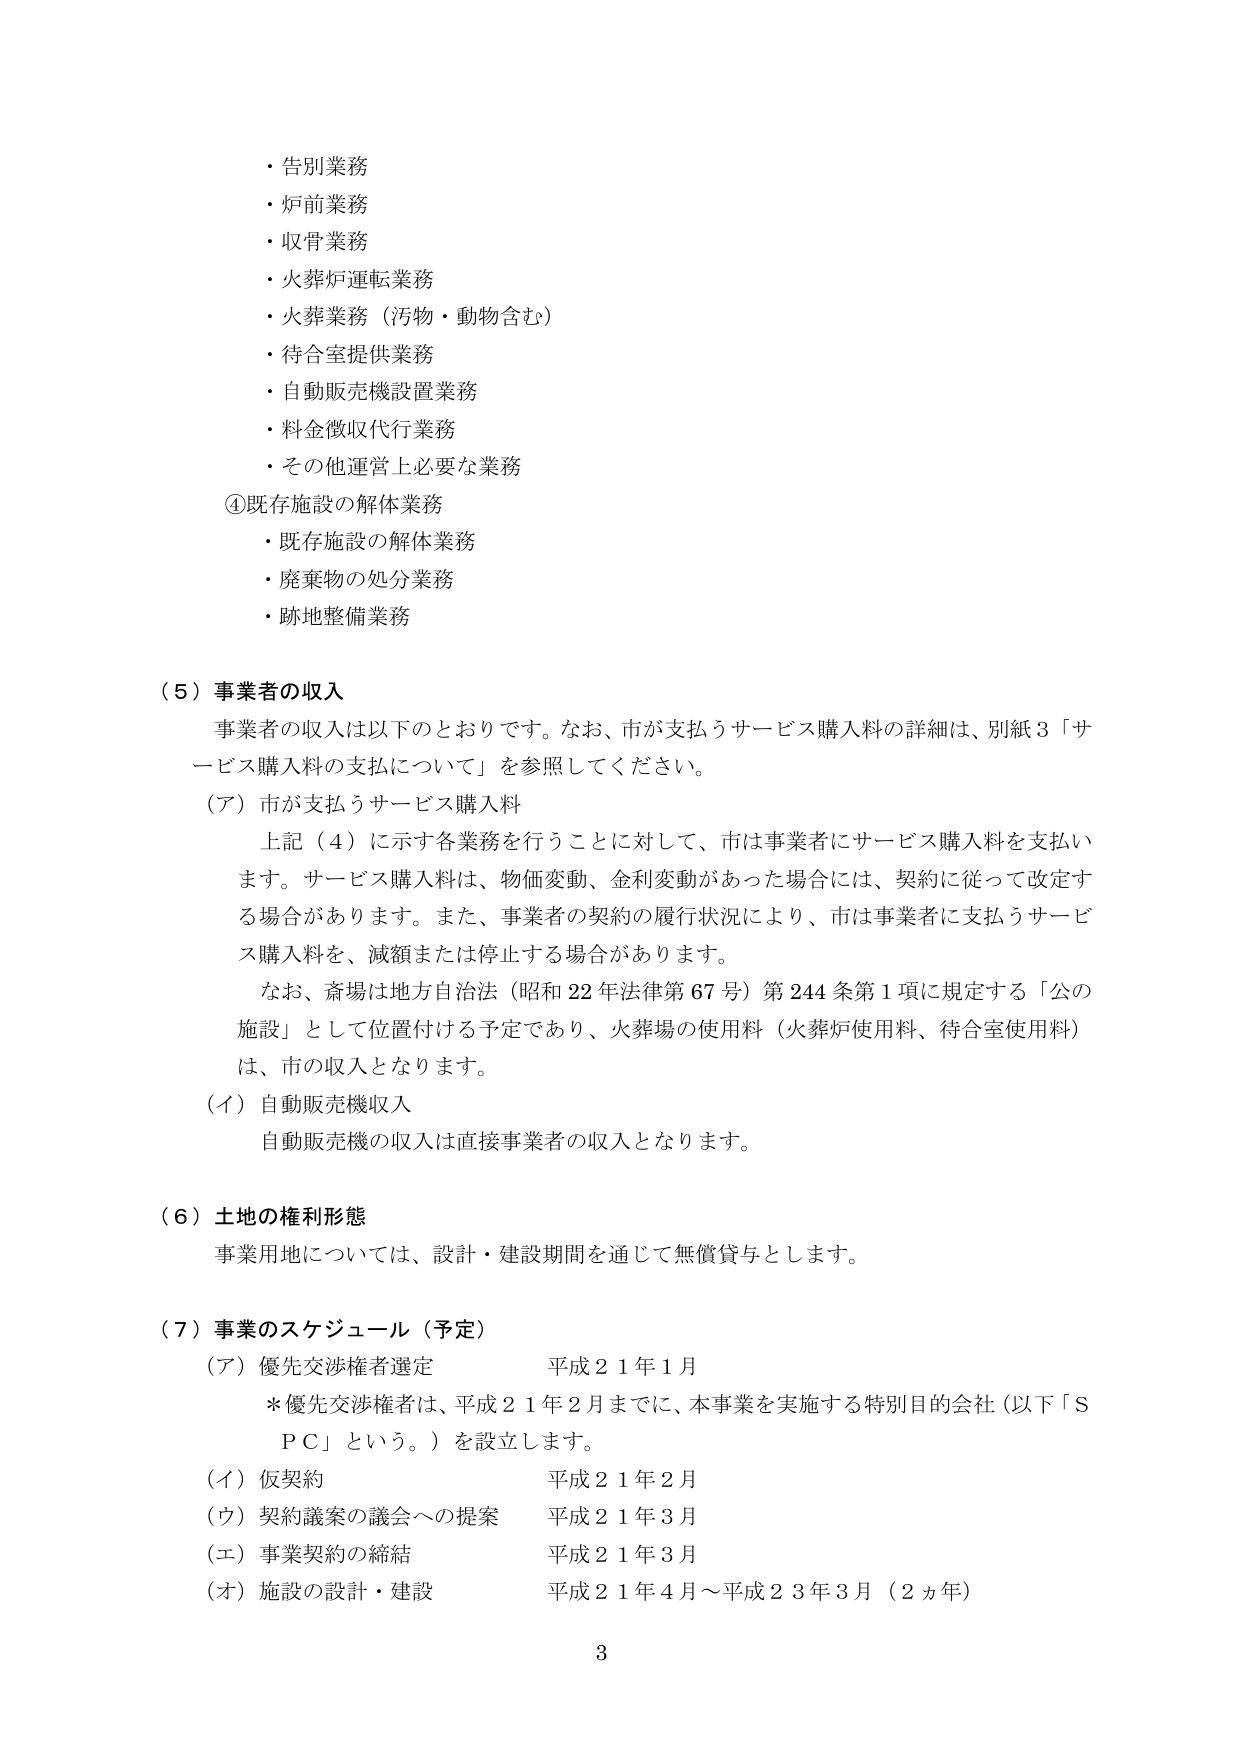
・告別業務
・炉前業務
・収骨業務
・火葬炉運転業務
・火葬業務（汚物・動物含む）
・待合室提供業務
・自動販売機設置業務
・料金徴収代行業務
・その他運営上必要な業務

④既存施設の解体業務
・既存施設の解体業務
・廃棄物の処分業務
・跡地整備業務

（５）事業者の収入
事業者の収入は以下のとおりです。なお、市が支払うサービス購入料の詳細は、別紙３「サービス購入料の支払について」を参照してください。

（ア）市が支払うサービス購入料
上記（４）に示す各業務を行うことに対して、市は事業者にサービス購入料を支払います。サービス購入料は、物価変動、金利変動があった場合には、契約に従って改定する場合があります。また、事業者の契約の履行状況により、市は事業者に支払うサービス購入料を、減額または停止する場合があります。
なお、斎場は地方自治法（昭和22年法律第67号）第244条第1項に規定する「公の施設」として位置付ける予定であり、火葬場の使用料（火葬炉使用料、待合室使用料）は、市の収入となります。

（イ）自動販売機収入
自動販売機の収入は直接事業者の収入となります。

（６）土地の権利形態
事業用地については、設計・建設期間を通じて無償貸与とします。

（７）事業のスケジュール（予定）
（ア）優先交渉権者選定　平成21年1月
　　＊優先交渉権者は、平成21年2月までに、本事業を実施する特別目的会社（以下「ＳＰＣ」という。）を設立します。
（イ）仮契約　平成21年2月
（ウ）契約議案の議会への提案　平成21年3月
（エ）事業契約の締結　平成21年3月
（オ）施設の設計・建設　平成21年4月～平成23年3月（2ヵ年）

3